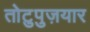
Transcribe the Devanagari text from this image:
तोटुपुज़यार